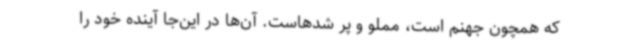
که همچون جهنم است، مملو و پر شدهاست. آن‌ها در این‌جا آینده خود را